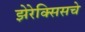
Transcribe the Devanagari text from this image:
झेरेक्सिसचे